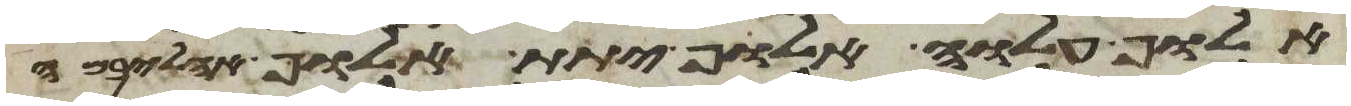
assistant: אלוף עלוה אלוף יתת אלוף אהליבמה